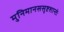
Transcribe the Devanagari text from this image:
मुनिमानससृष्टशान्तेः